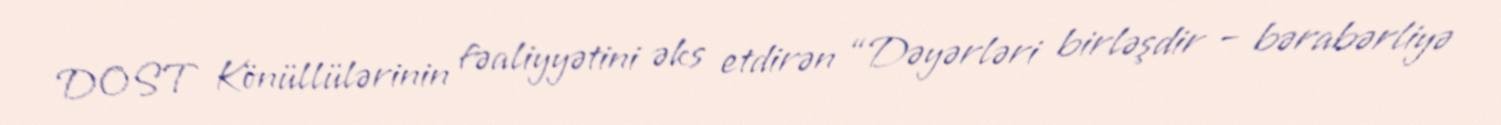
DOST Könüllülərinin fəaliyyətini əks etdirən “Dəyərləri birləşdir – bərabərliyə